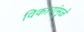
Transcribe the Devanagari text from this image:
विकारांमुळे